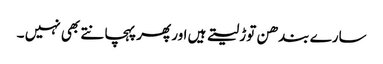
سارے بندھن توڑ لیتے ہیں اور پھر پہچانتے بھی نہیں ۔